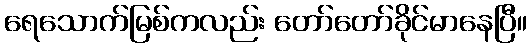
ရေသောက်မြစ်ကလည်း တော်တော်ခိုင်မာနေပြီ။